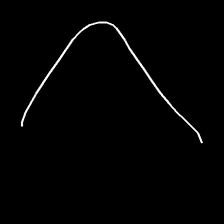
Glyph: region